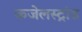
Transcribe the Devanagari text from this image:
कजेलस्ट्रांड